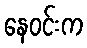
နေဝင်းက